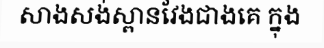
សាងសង់ស្ពានវែងជាងគេ ក្នុង